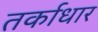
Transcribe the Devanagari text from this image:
तर्काधार